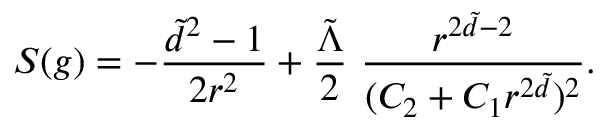
S ( g ) = - \frac { \tilde { d } ^ { 2 } - 1 } { 2 r ^ { 2 } } + \frac { \tilde { \Lambda } } { 2 } \ \frac { r ^ { 2 \tilde { d } - 2 } } { ( C _ { 2 } + C _ { 1 } r ^ { 2 \tilde { d } } ) ^ { 2 } } .